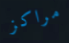
مراكز